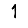
Digit: 1